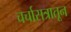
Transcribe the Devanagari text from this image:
चर्चासत्रातून